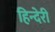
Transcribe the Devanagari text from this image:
हिन्देरी